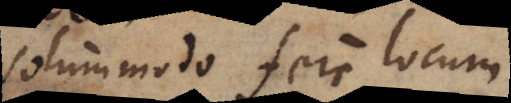
solummodo fere locum